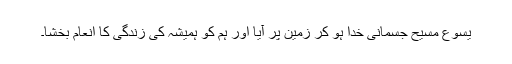
یسوع مسیح جسمانی خدا ہو کر زمین پر آیا اور ہم کو ہمیشہ کی زندگی کا انعام بخشا۔